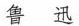
鲁迅